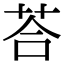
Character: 荅